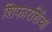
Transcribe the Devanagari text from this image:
शिफारशिंचा